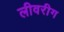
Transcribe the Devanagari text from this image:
लीवरीग